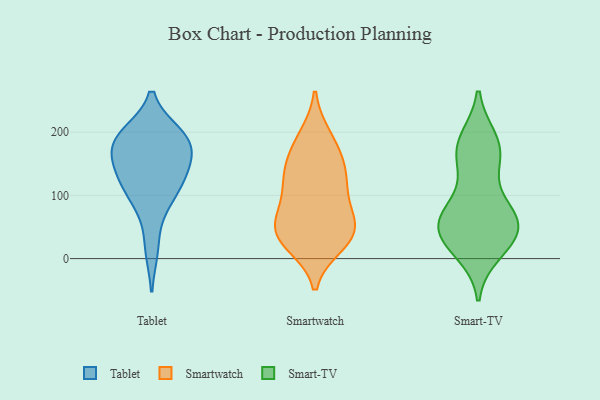
{"axis": {"x": "Page Views", "y": "Value"}, "legend": ["Smart-TV", "Smartwatch", "Tablet"], "data": [{"x": "", "y": 135, "type": "Tablet"}, {"x": "", "y": 187, "type": "Tablet"}, {"x": "", "y": 125, "type": "Tablet"}, {"x": "", "y": 99, "type": "Tablet"}, {"x": "", "y": 89, "type": "Tablet"}, {"x": "", "y": 195, "type": "Tablet"}, {"x": "", "y": 158, "type": "Tablet"}, {"x": "", "y": 187, "type": "Tablet"}, {"x": "", "y": 190, "type": "Tablet"}, {"x": "", "y": 17, "type": "Tablet"}, {"x": "", "y": 136, "type": "Tablet"}, {"x": "", "y": 180, "type": "Tablet"}, {"x": "", "y": 108, "type": "Smartwatch"}, {"x": "", "y": 193, "type": "Smartwatch"}, {"x": "", "y": 25, "type": "Smartwatch"}, {"x": "", "y": 69, "type": "Smartwatch"}, {"x": "", "y": 153, "type": "Smartwatch"}, {"x": "", "y": 188, "type": "Smartwatch"}, {"x": "", "y": 48, "type": "Smartwatch"}, {"x": "", "y": 108, "type": "Smartwatch"}, {"x": "", "y": 55, "type": "Smartwatch"}, {"x": "", "y": 22, "type": "Smartwatch"}, {"x": "", "y": 146, "type": "Smartwatch"}, {"x": "", "y": 57, "type": "Smartwatch"}, {"x": "", "y": 147, "type": "Smartwatch"}, {"x": "", "y": 31, "type": "Smartwatch"}, {"x": "", "y": 115, "type": "Smartwatch"}, {"x": "", "y": 41, "type": "Smartwatch"}, {"x": "", "y": 77, "type": "Smart-TV"}, {"x": "", "y": 62, "type": "Smart-TV"}, {"x": "", "y": 28, "type": "Smart-TV"}, {"x": "", "y": 173, "type": "Smart-TV"}, {"x": "", "y": 184, "type": "Smart-TV"}, {"x": "", "y": 52, "type": "Smart-TV"}, {"x": "", "y": 187, "type": "Smart-TV"}, {"x": "", "y": 76, "type": "Smart-TV"}, {"x": "", "y": 11, "type": "Smart-TV"}, {"x": "", "y": 55, "type": "Smart-TV"}, {"x": "", "y": 144, "type": "Smart-TV"}, {"x": "", "y": 28, "type": "Smart-TV"}, {"x": "", "y": 161, "type": "Smart-TV"}, {"x": "", "y": 33, "type": "Smart-TV"}, {"x": "", "y": 63, "type": "Smart-TV"}]}